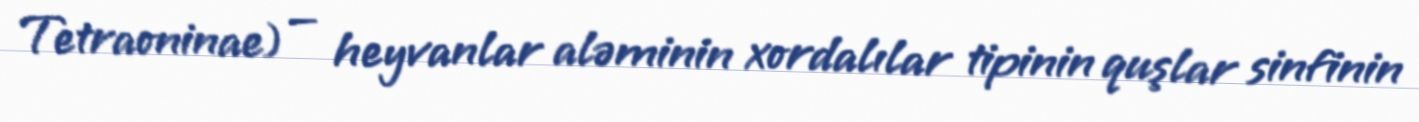
Tetraoninae) — heyvanlar aləminin xordalılar tipinin quşlar sinfinin